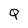
Character: Q